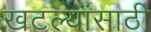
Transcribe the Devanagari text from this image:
खटल्यांसाठी